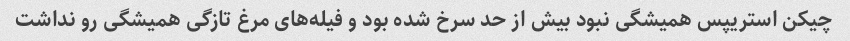
چیکن استریپس همیشگی نبود بیش از حد سرخ شده بود و فیله‌های مرغ تازگی همیشگی رو نداشت